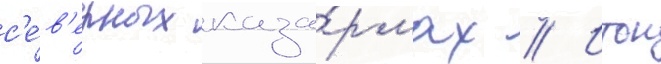
с'е́в'ерных каза́рмах // Итон